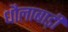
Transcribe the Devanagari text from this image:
धौलाबाड़ी